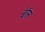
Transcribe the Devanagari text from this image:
ब्रॉस।